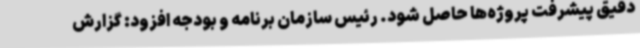
دقیق پیشرفت پروژه‌ها حاصل شود. رئیس سازمان برنامه و بودجه افزود: گزارش